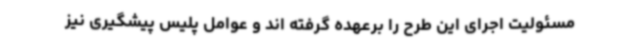
مسئولیت اجرای این طرح را برعهده گرفته اند و عوامل پلیس پیشگیری نیز